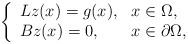
LaTeX: \begin{align*} \left\{\begin{array}{ll} Lz(x)=g(x), & x\in \Omega, \\ Bz(x)=0, & x\in \partial \Omega,\end{array}\right.\end{align*}